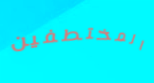
المختطفين